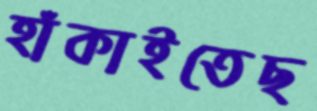
হাঁকাইতেছ